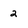
Character: 2